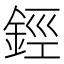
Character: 鋞